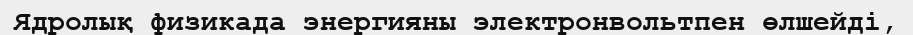
Ядролық физикада энергияны электронвольтпен өлшейді,